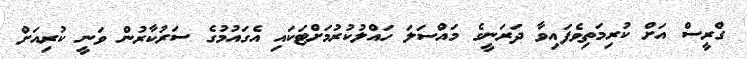
ގްރީސް އަށް ކުރިމަތިވެފައިވާ ދަރަނީގެ މައްސަލަ ހައްލުކުރުމަށްޓަކައި އެގައުމުގެ ސަރުކާރުން ވަނީ ކުރިއަށް